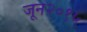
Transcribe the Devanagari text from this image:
जून२०१५